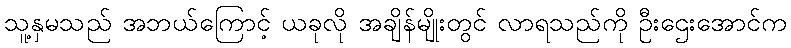
သူ့နှမသည် အဘယ်ကြောင့် ယခုလို အချိန်မျိုးတွင် လာရသည်ကို ဦးဌေးအောင်က